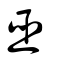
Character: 巫